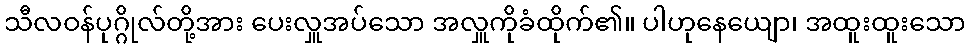
သီလဝန်ပုဂ္ဂိုလ်တို့အား ပေးလှူအပ်သော အလှူကိုခံထိုက်၏။ ပါဟုနေယျော၊ အထူးထူးသော